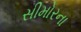
સીમોરના